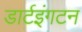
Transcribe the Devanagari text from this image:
डार्टइंगटन